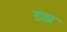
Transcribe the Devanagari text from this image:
डझ